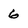
Character: 6